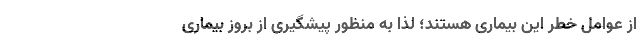
از عوامل خطر این بیماری هستند؛ لذا به منظور پیشگیری از بروز بیماری